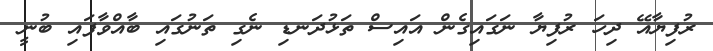
ރުފިޔާއޭ ދިހަ ރުފިޔާ ނަގައިގެން އައިސް ތަޅުދަނޑި ނެގި ތަނުގައި ބާއްވާފައި ބުނީ